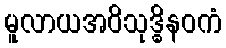
မူလာယအဝိသုဒ္ဓိနဝကံ